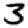
Digit: 3